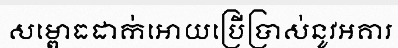
សម្ពោធដាក់អោយប្រើប្រាស់នូវអគារ